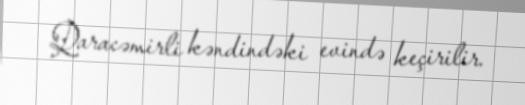
Qaracəmirli kəndindəki evində keçirilir.